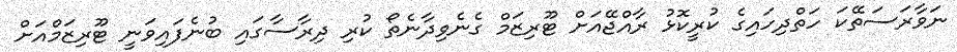
ނަވާރަސަތޭކަ ހަތްދިހައިގެ ކުރީކޮޅު ރާއްޖޭއަށް ޓޫރިޒަމް ގެނެވިދާނެތޯ ކުރި ދިރާސާގައި ބުނެފައިވަނީ ޓޫރިޒަމްއަށް